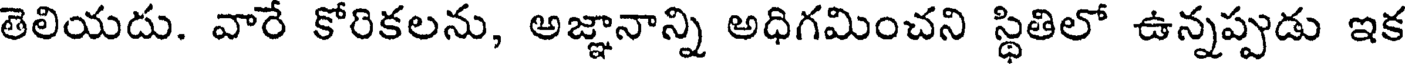
తెలియదు. వారే కోరికలను, అజ్ఞానాన్ని అధిగమించని స్థితిలో ఉన్నప్పుడు ఇక